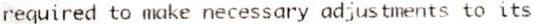
REQUIRED TO MAKE NECESSARY ADJUSTMENTS TO ITS